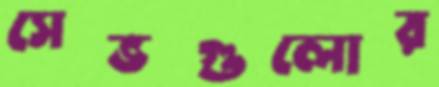
সেভগুলোর